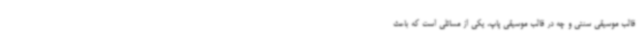
قالب موسیقی سنتی و چه در قالب موسیقی پاپ، یکی از مسائلی است که باعث